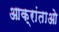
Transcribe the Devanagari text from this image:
आक्रांताओ